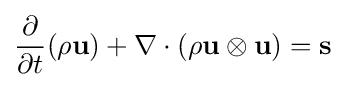
{\frac {\partial }{\partial t}}(\rho \mathbf {u} )+\nabla \cdot (\rho \mathbf {u} \otimes \mathbf {u} )=\mathbf {s}